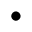
\bullet